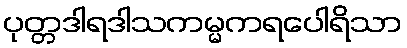
ပုတ္တဒါရဒါသကမ္မကရပေါရိသာ